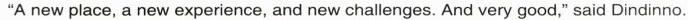
"A new place, a new experience, and new challenges. And very good," said Dindinno.